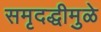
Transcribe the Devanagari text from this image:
समृदद्धीमुळे